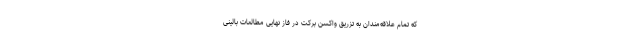
که تمام علاقه‌مندان به تزریق واکسن برکت در فاز نهایی مطالعات بالینی